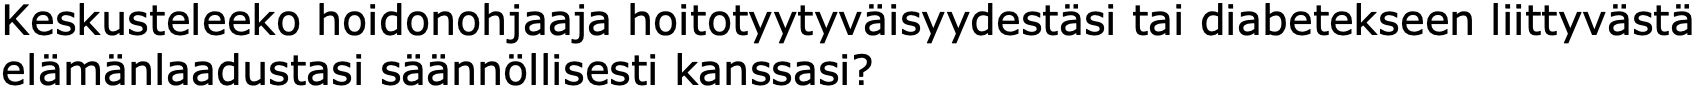
Keskusteleeko hoidonohjaaja hoitotyytyväisyydestäsi tai diabetekseen liittyvästä elämänlaadustasi säännöllisesti kanssasi?